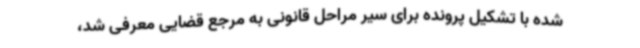
شده با تشکیل پرونده برای سیر مراحل قانونی به مرجع قضایی معرفی شد،